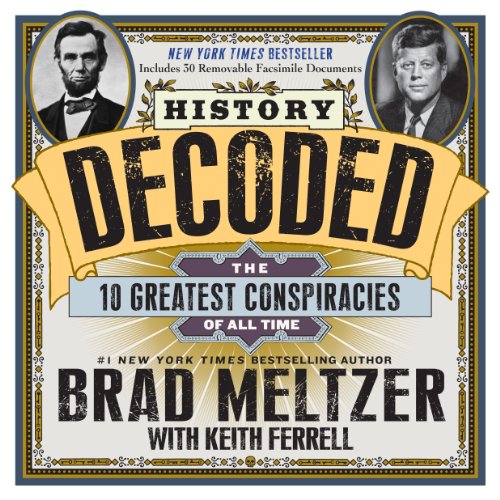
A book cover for History Decoded: The 10 Greatest Conspiracies of All Time; Brad Meltzer; Humor & Entertainment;